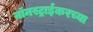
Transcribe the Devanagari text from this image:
नॉनस्ट्राईकरच्या